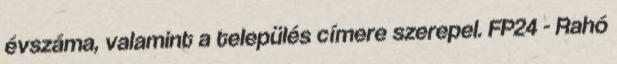
évszáma, valamint a település címere szerepel. FP24 - Rahó